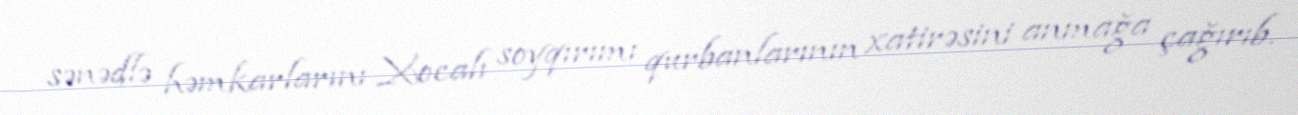
sənədlə həmkarlarını Xocalı soyqırımı qurbanlarının xatirəsini anmağa çağırıb.